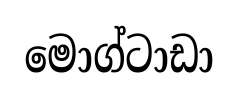
මොග්ටාඩා